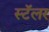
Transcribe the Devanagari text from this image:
स्टॅलर